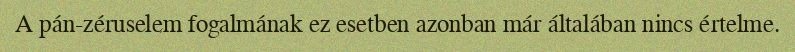
A pán-zéruselem fogalmának ez esetben azonban már általában nincs értelme.